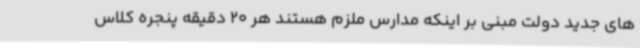
های جدید دولت مبنی بر اینکه مدارس ملزم هستند هر 20 دقیقه پنجره کلاس